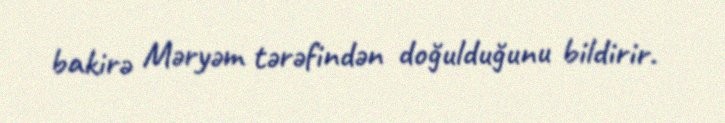
bakirə Məryəm tərəfindən doğulduğunu bildirir.